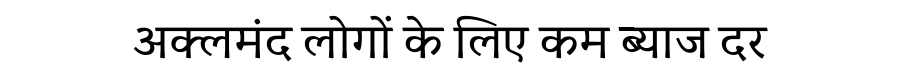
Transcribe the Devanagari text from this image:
अक्लमंद लोगों के लिए कम ब्याज दर